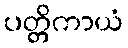
ပတ္တိကာယံ